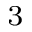
^ 3